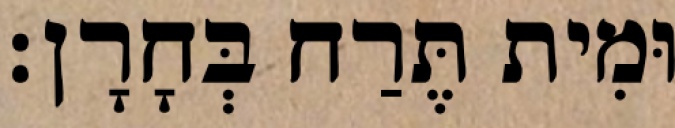
וּמִית תֶּרַח בְּחָרָן׃